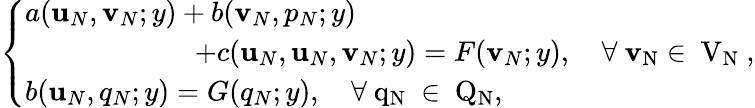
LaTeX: \left\{ \begin{array}{ll}{a(\textbf{u}_{N},\textbf{v}_{N};y)+b(\textbf{v}_{N},p_{N};y)}\\ {\qquad\qquad\qquad+c(\textbf{u}_{N},\textbf{u}_{N},\textbf{v}_{N};y)=F(\textbf{v}_{N};y),\mathrm{\ \ \ ~\forall~\textbf{v}_{N}\in~V_{N}~},}\\ {b(\textbf{u}_{N},q_{N};y)=G(q_{N};y),\mathrm{~\ \ ~\forall~q_{N}~\in~Q_{N},~}}\end{array}\right.